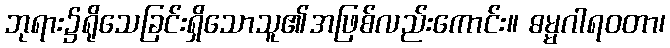
ဘုရား၌ရိုသေခြင်းရှိသောသူ၏အဖြစ်လည်းကောင်း။ ဓမ္မဂါရဝတာ၊